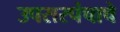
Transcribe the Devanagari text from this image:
उपसरपंचाचे